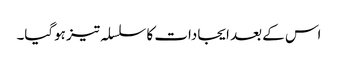
اس کے بعد ایجادات کا سلسلہ تیز ہوگیا۔